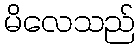
မိလေသည်